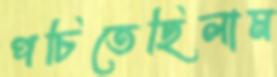
পচিতেছিলাম